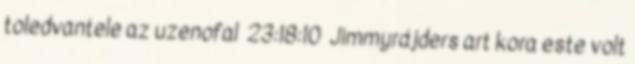
toledvantele az uzenofal 23:18:10 Jimmyrájders art kora este volt